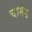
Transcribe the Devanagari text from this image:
चार्मड